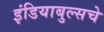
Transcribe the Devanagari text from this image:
इंडियाबुल्सचे